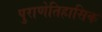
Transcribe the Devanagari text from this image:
पुराणेतिहासिक